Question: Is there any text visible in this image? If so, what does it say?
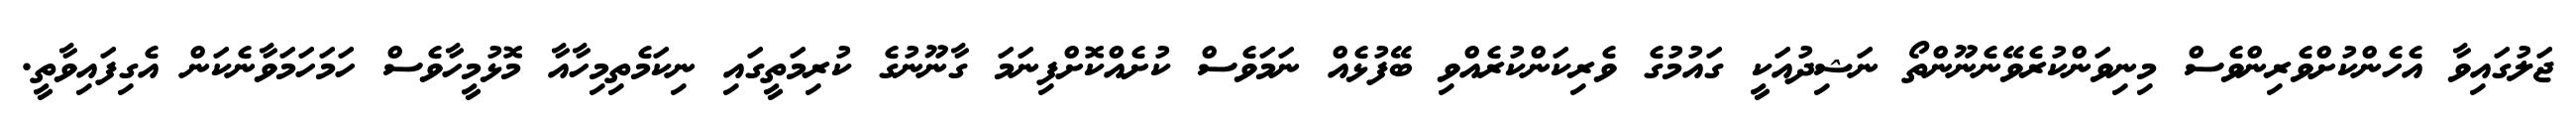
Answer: ޖަލުގައިވާ އެހެންކުށްވެރިންވެސް މިނިވަންކުރެވޭނެނޫންތޯ ނަޝިދުއަކީ ގައުމުގެ ވެރިކަންކުރެއްވި ބޭފުޅެއް ނަމަވެސް ކުށެއްކޮށްފިނަމަ ގާނޫނުގެ ކުރިމަތީގައި ނިކަމެތިމިހާއާ މޮޅުމީހާވެސް ހަމަހަމަވާނެކަން އެގިފައިވާތީ.